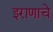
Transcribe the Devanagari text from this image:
इराणाचे